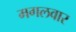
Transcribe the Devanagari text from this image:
मगलवार